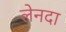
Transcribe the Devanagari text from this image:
लेनदा